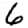
Digit: 6